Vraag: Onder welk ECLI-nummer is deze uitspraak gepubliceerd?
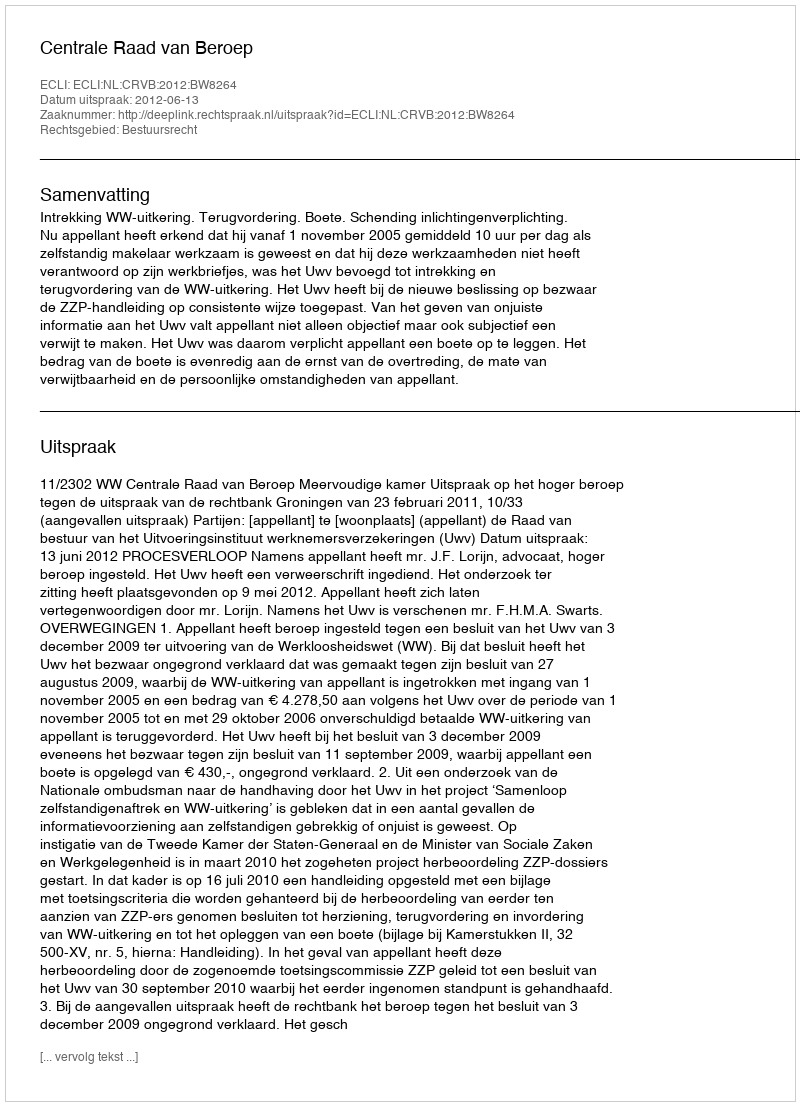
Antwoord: ECLI:NL:CRVB:2012:BW8264